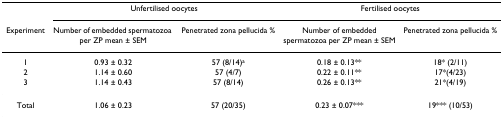
|  | <COLSPAN=2> Unfertilised oocytes | <COLSPAN=2> Fertilised oocytes |
 | Experiment | Number of embedded spermatozoa per ZP mean ± SEM | Penetrated zona pellucida % | Number of embedded spermatozoa per ZP mean ± SEM | Penetrated zona pellucida % |
 | --- | --- | --- | --- | --- |
 | 1 | 0.93 ± 0.32 | 57 (8/14)a | 0.18 ± 0.13** | 18* (2/11) |
 | 2 | 1.14 ± 0.60 | 57 (4/7) | 0.22 ± 0.11** | 17*(4/23) |
 | 3 | 1.14 ± 0.43 | 57 (8/14) | 0.26 ± 0.13** | 21*(4/19) |
 | Total | 1.06 ± 0.23 | 57 (20/35) | 0.23 ± 0.07*** | 19*** (10/53) |